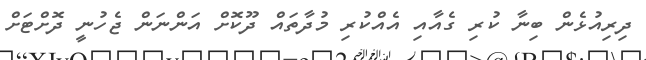
ދިރިއުޅެން ބިނާ ކުރި ގެއާއި އެއްކުރި މުދާތައް ދޫކޮށް އަންނަން ޖެހުނީ ދޮށްޓަށް